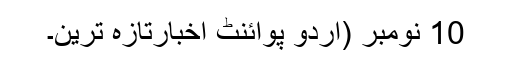
10 نومبر (اُردو پوائنٹ اخبارتازہ ترین۔